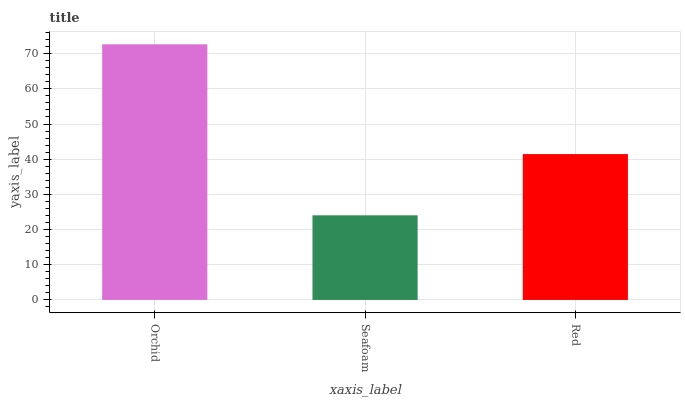
| xaxis_label | bars |
 | --- | --- |
 | Orchid | 72.7 |
 | Seafoam | 24.1 |
 | Red | 41.5 |